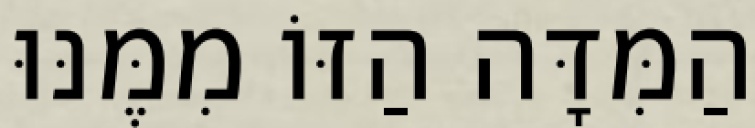
הַמִּדָּה הַזּוֹ מִמֶּנּוּ